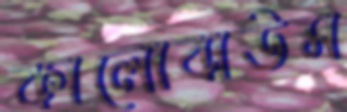
কালোবাউস